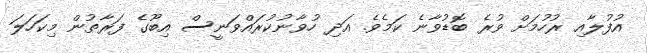
އުފުލާއި ރުހުމަށް ވުރެ ބޮޑުވާނެ ކަމެވެ. އަދި ހުވާނުކުރައްވަނީސް އިބޫގެ ފަރާތުން މިކަހަލަ